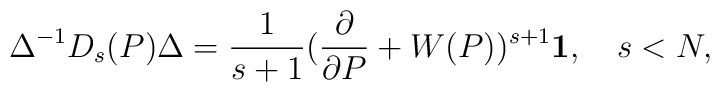
\Delta^{-1} D_s(P)\Delta=\frac{1}{s+1}(\frac{\partial}{\partial P}+ W(P))^{s+1}{\bf 1},\quad s<N,